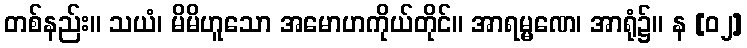
တစ်နည်း။ သယံ၊ မိမိဟူသော အမောဟကိုယ်တိုင်။ အာရမ္မဏေ၊ အာရုံ၌။ န [၀၂]